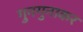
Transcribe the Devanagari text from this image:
गुनगुनाकर